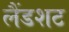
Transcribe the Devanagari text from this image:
लैंडशट